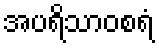
အပရိသာဝစရံ